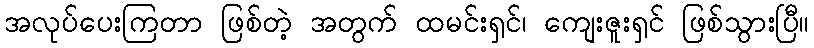
အလုပ်ပေးကြတာ ဖြစ်တဲ့ အတွက် ထမင်းရှင်၊ ကျေးဇူးရှင် ဖြစ်သွားပြီ။